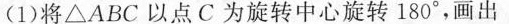
(1)将△ABC以点C为旋转中心旋转180°，画出